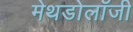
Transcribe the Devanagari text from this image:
मेथडोलॉजी